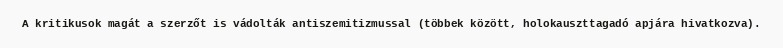
A kritikusok magát a szerzőt is vádolták antiszemitizmussal (többek között, holokauszttagadó apjára hivatkozva).